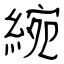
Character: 綩